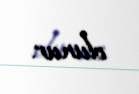
olunur.